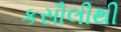
કસૌલીથી